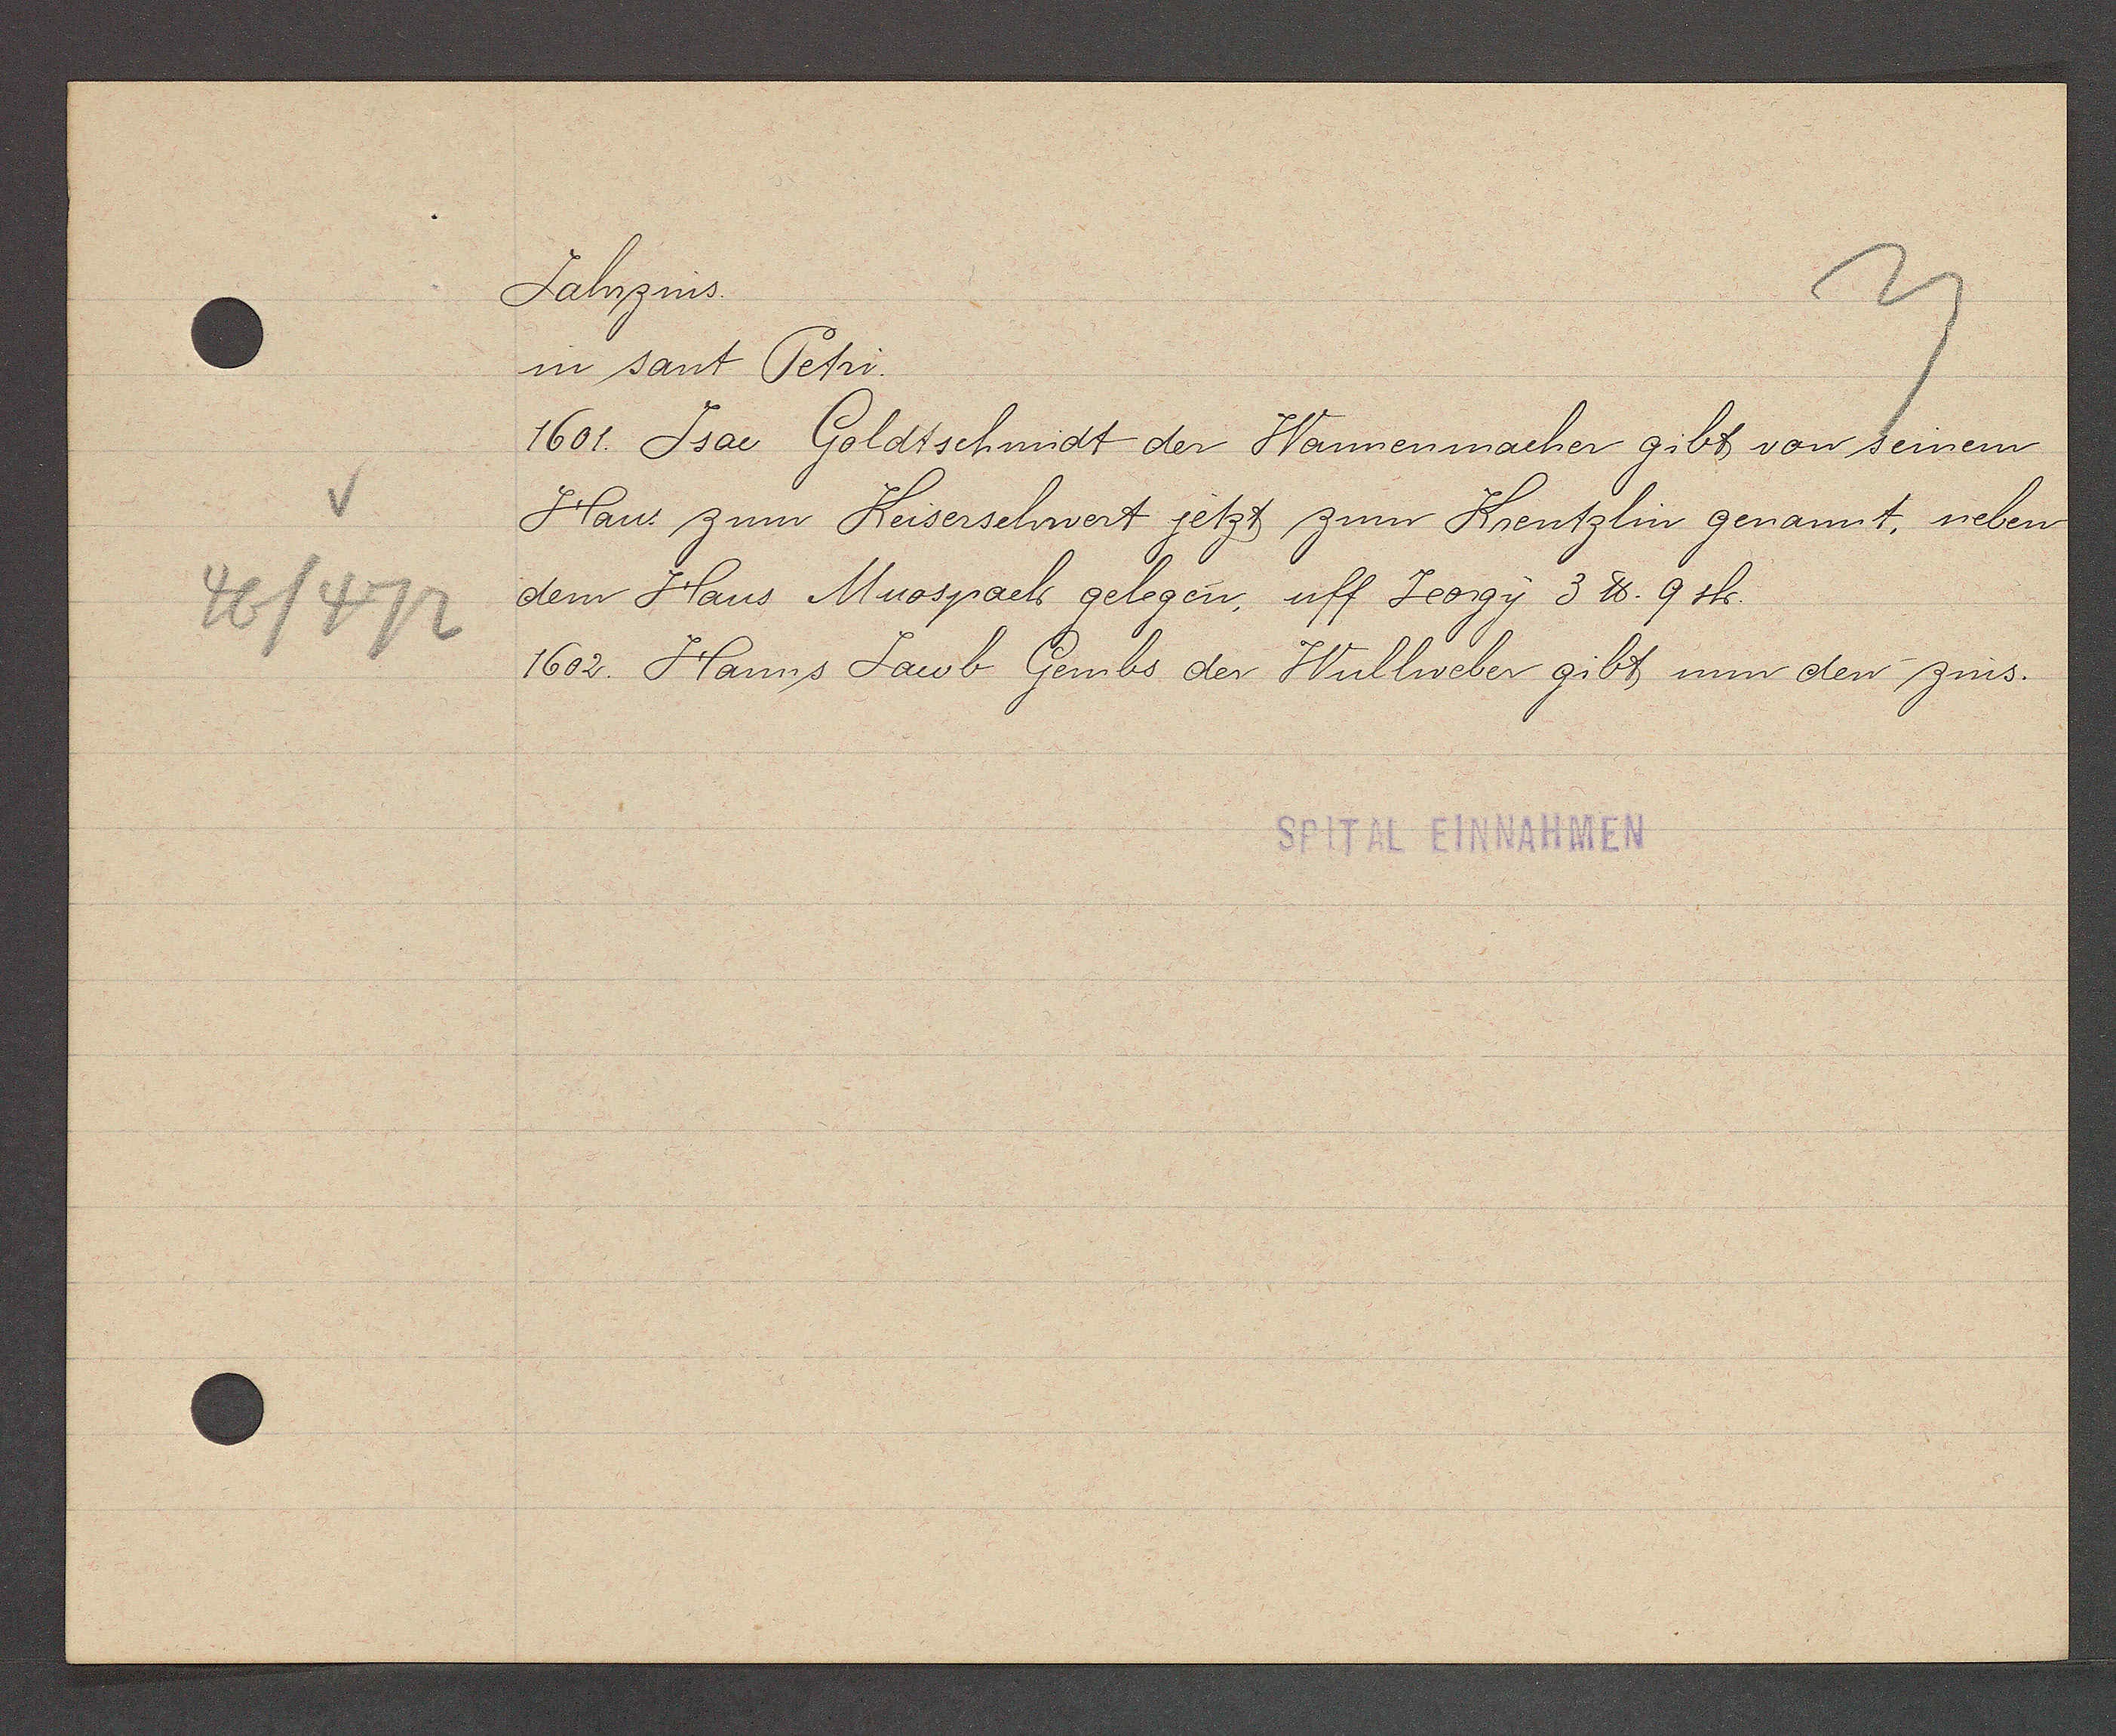
Transcript:
46/472

Jahrzins.

in sant Petri.
1601. Isac Goldtschmidt der Wannenmacher gibt von seinem
Haus zum Keiserschwert jetzt zum Krentzlin genannt, neben
dem Haus Muospach gelegen, uff Jeorgy 3 ℔ 9 sh.
1602. Hanns Jacob Gembs der Wullweber gibt nun den zins.

SPITAL EINNAHMEN